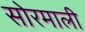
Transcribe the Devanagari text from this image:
सोरमाली